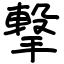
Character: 撃